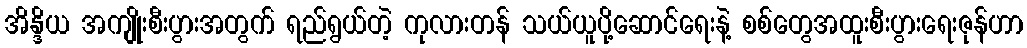
အိန္ဒိယ အကျိုးစီးပွားအတွက် ရည်ရွယ်တဲ့ ကုလားတန် သယ်ယူပို့ဆောင်ရေးနဲ့ စစ်တွေအထူးစီးပွားရေးဇုန်ဟာ